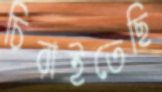
চিরাইতেছি